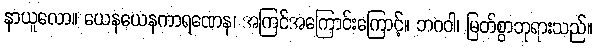
နာယူလော။ ယေနယေနကာရဏေန၊ အကြင်အကြောင်းကြောင့်။ ဘဂဝါ၊ မြတ်စွာဘုရားသည်။